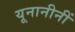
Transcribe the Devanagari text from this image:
यूनानीनीं